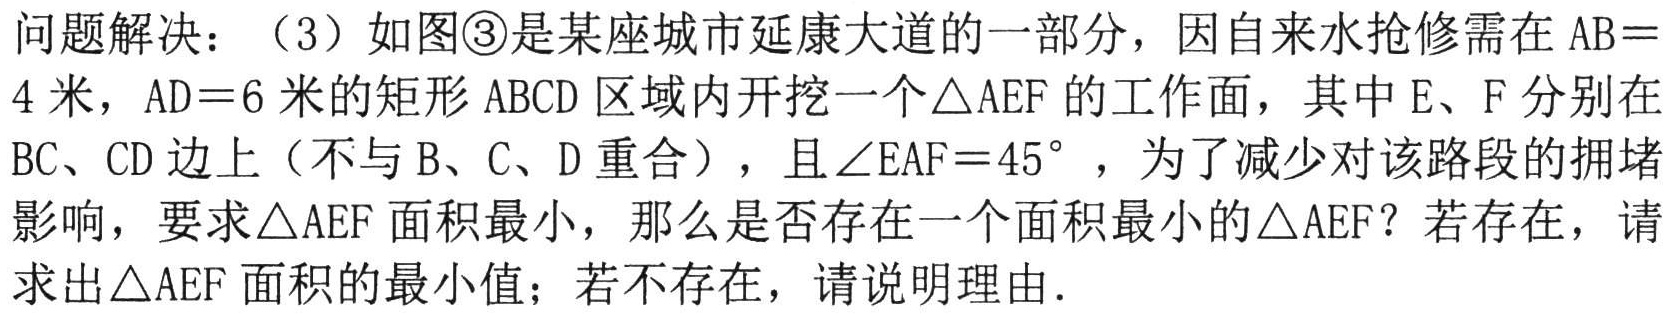
问题解决：（3）如图\textcircled{3}是某座城市延康大道的一部分，因自来水抢修需在 \(AB = 4\) 米， \(AD = 6\) 米的矩形 \(ABCD\) 区域内开挖一个 \(\triangle AEF\) 的工作面，其中 \(E\)、\(F\) 分别在 \(BC\)、\(CD\) 边上（不与 \(B\)、\(C\)、\(D\) 重合），且 \(\angle EAF = 45^{\circ}\)，为了减少对该路段的拥堵影响，要求 \(\triangle AEF\) 面积最小，那么是否存在一个面积最小的 \(\triangle AEF\)？若存在，请求出 \(\triangle AEF\) 面积的最小值；若不存在，请说明理由.